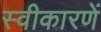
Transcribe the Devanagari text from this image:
स्वीकारणें